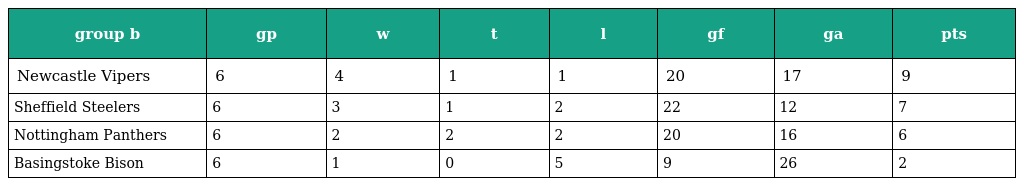
| group b | gp | w | t | l | gf | ga | pts |
 | --- | --- | --- | --- | --- | --- | --- | --- |
 | Newcastle Vipers | 6 | 4 | 1 | 1 | 20 | 17 | 9 |
 | Sheffield Steelers | 6 | 3 | 1 | 2 | 22 | 12 | 7 |
 | Nottingham Panthers | 6 | 2 | 2 | 2 | 20 | 16 | 6 |
 | Basingstoke Bison | 6 | 1 | 0 | 5 | 9 | 26 | 2 |